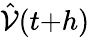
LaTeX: \hat{\mathcal{V}}(t{+}h)